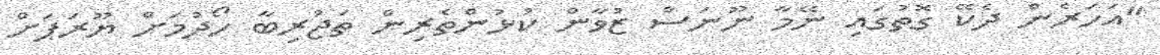
"އަހަރެން ދެކޭ ގޮތުގައި ނޭމާ ނޫނަސް ޒުވާން ކުޅުންތެރިން ތަޖުރިބާ ހޯދުމަށް ޔޫރަޕަށް